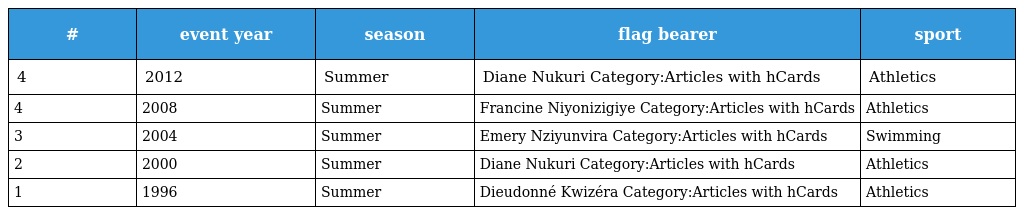
| # | event year | season | flag bearer | sport |
 | --- | --- | --- | --- | --- |
 | 4 | 2012 | Summer | Diane Nukuri Category:Articles with hCards | Athletics |
 | 4 | 2008 | Summer | Francine Niyonizigiye Category:Articles with hCards | Athletics |
 | 3 | 2004 | Summer | Emery Nziyunvira Category:Articles with hCards | Swimming |
 | 2 | 2000 | Summer | Diane Nukuri Category:Articles with hCards | Athletics |
 | 1 | 1996 | Summer | Dieudonné Kwizéra Category:Articles with hCards | Athletics |